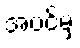
အပင်မှ